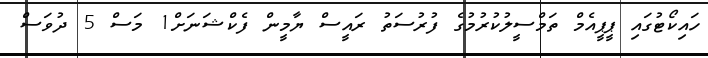
ހައިކޯޓުގައި ޕީޕީއެމް ތަމްސީލުކުރުމުގެ ފުރުސަތު ރައީސް ޔާމީން ފެކްޝަނަށް1 މަސް 5 ދުވަސް